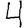
Digit: 4